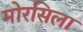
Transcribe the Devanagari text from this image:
मोरसिला